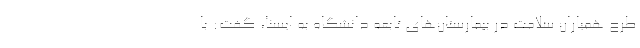
طرح همیاران سلامت در بیمارستان‌های تابعه دانشگاه به ایسنا، گفت: با